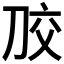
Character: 𭃠